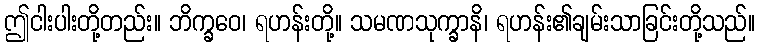
ဤငါးပါးတို့တည်း။ ဘိက္ခဝေ၊ ရဟန်းတို့။ သမဏသုက္ခာနိ၊ ရဟန်း၏ချမ်းသာခြင်းတို့သည်။